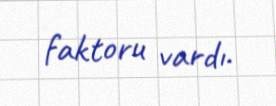
faktoru vardı.